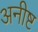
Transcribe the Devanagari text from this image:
अनीष्ट